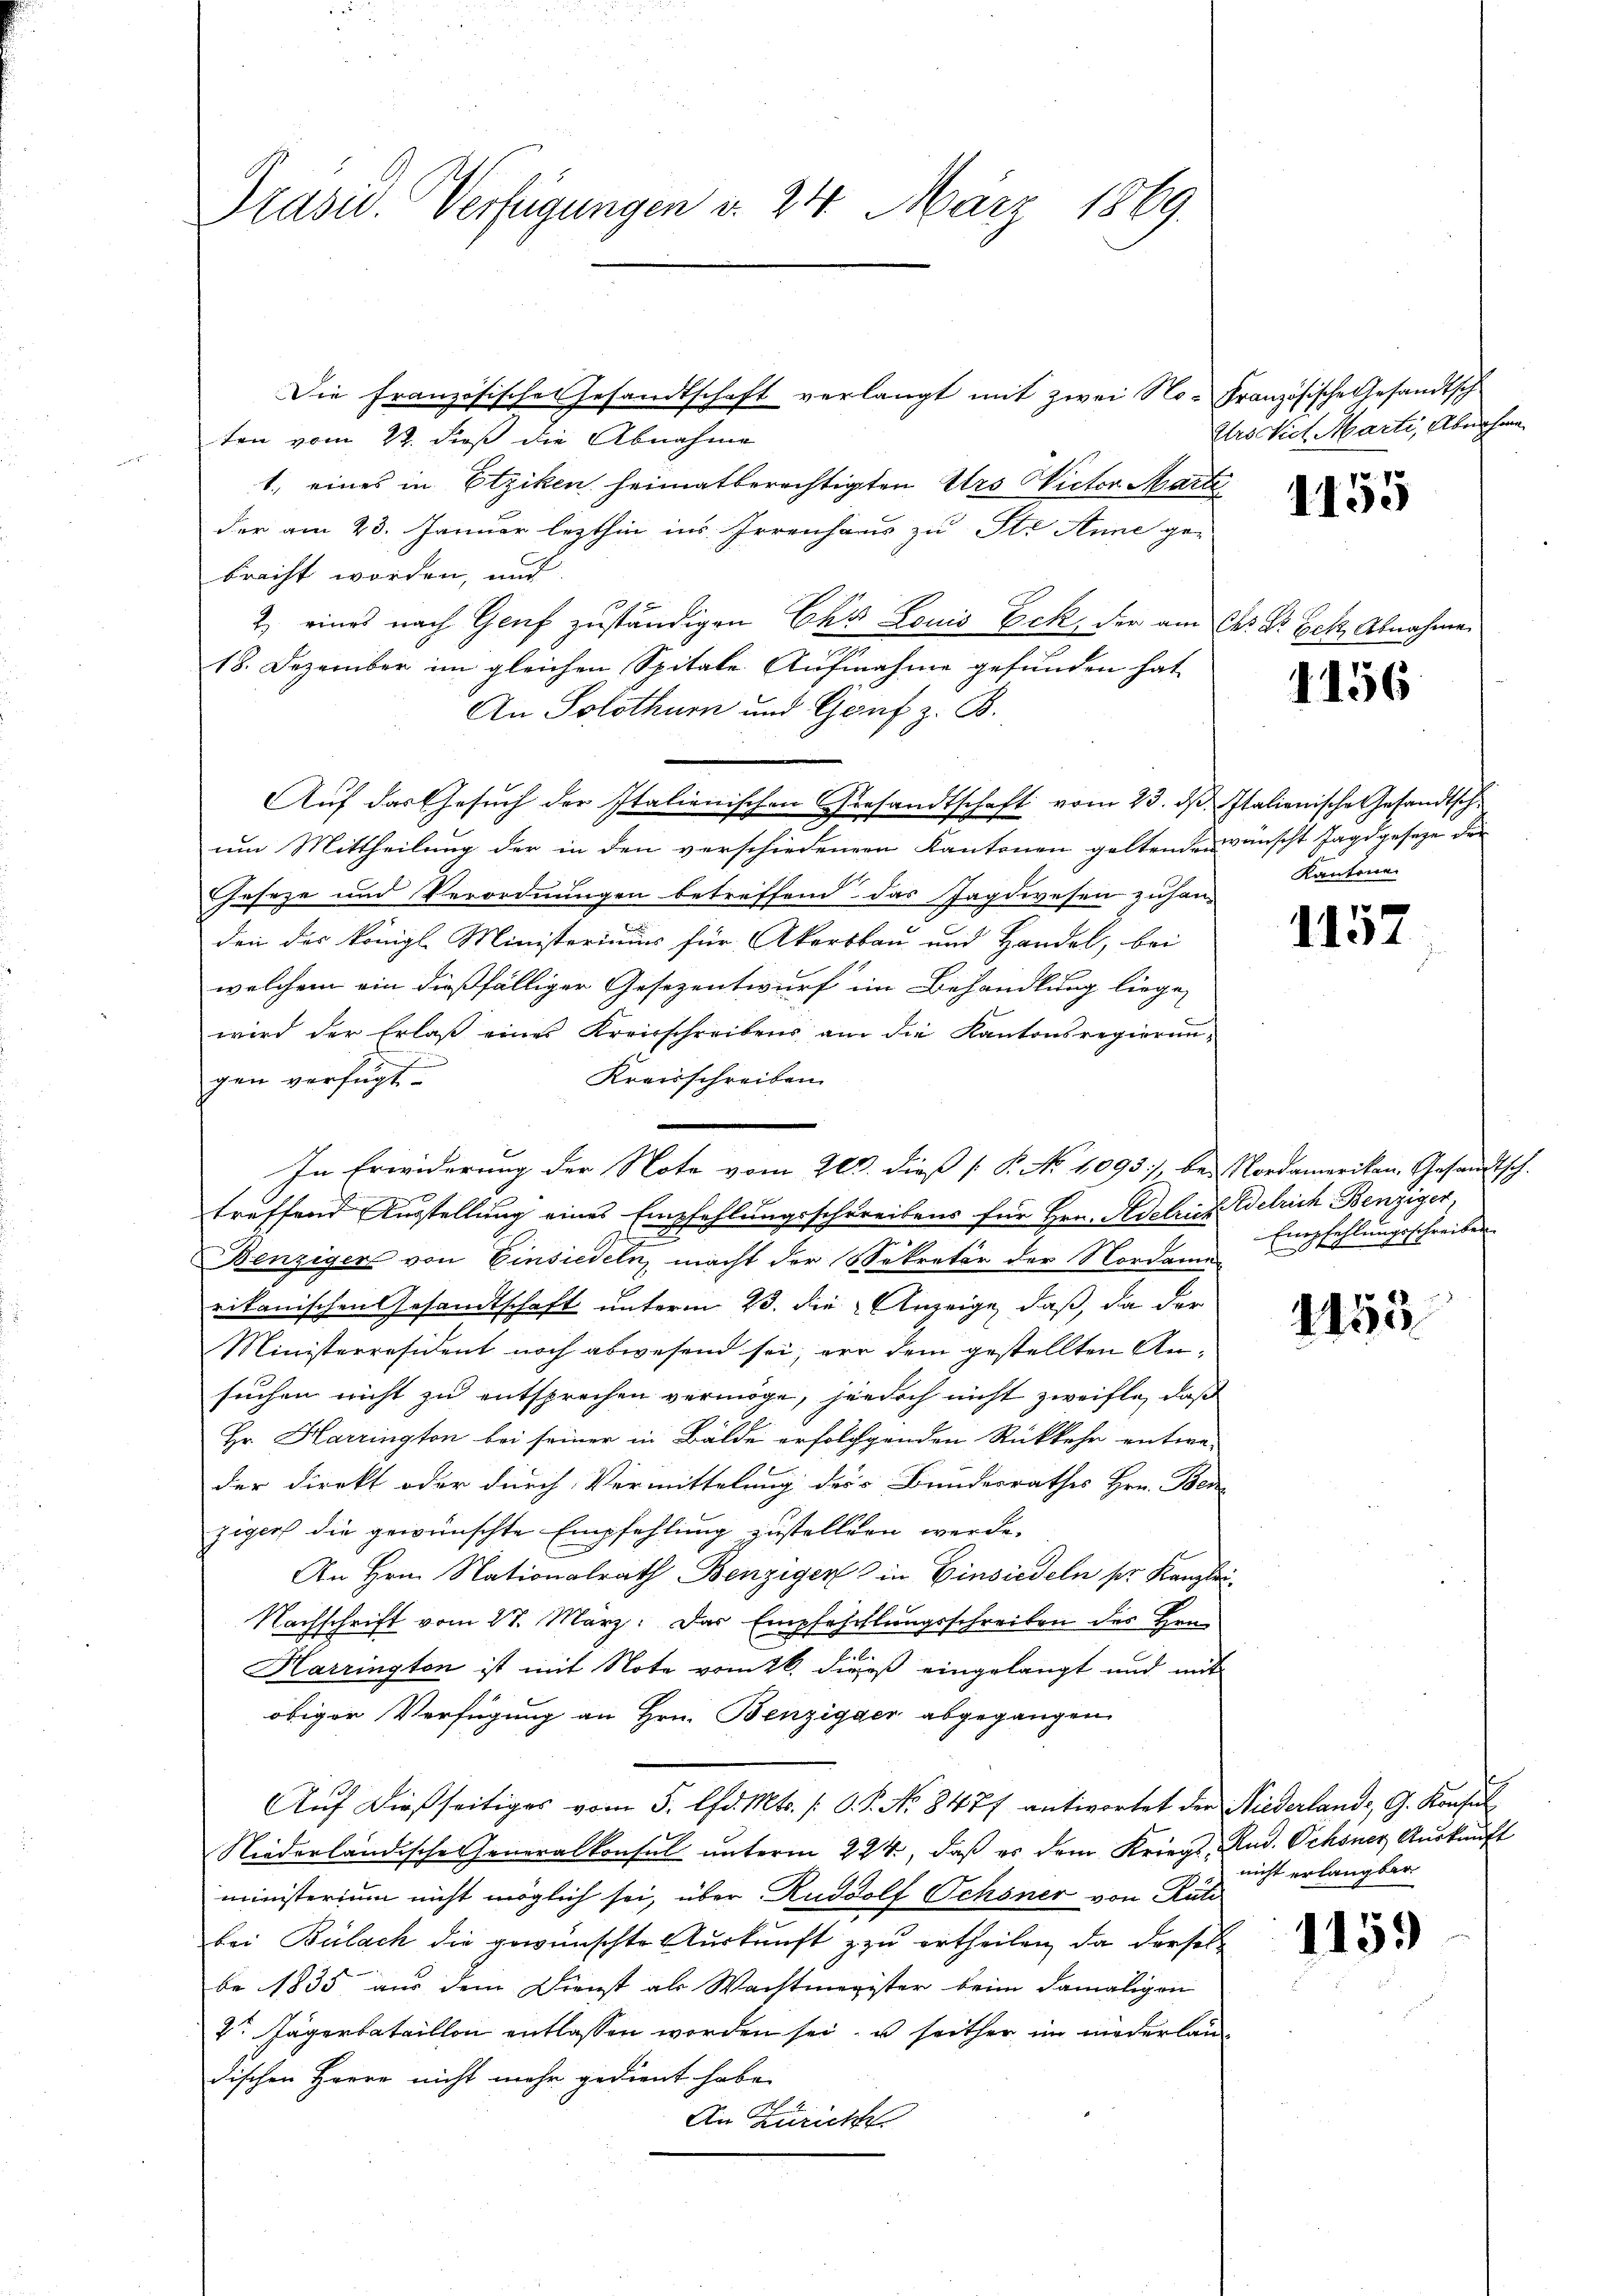
Präsid. Verfügungen v. 24. März 1869.

Die französische Gesandtschaft verlangt mit zwei No-Französische Gesandtsch
ten vom 22. dieß die Abnahme
1., eines in Etziken heimatberechtigten Urs Victor Marti
der am 23. Januar lezthin ins Irrenhaus zu Str. Anne ge-
bracht worden, und
2 eines nach Genf zuständigen Ehr Louis Eck, der am 6. Dr. Eck Abnahme
18. Dezember im gleichen Spitale Aufnahme gefunden hat
An Solothurn und Genf z. B.
Auf das Gesuch der Italienischen Gesandtschaft vom 23. ds. Italienische Gesandtsch
um Mittheilung der in den verschiedenen Kantonen geltenden wünscht Jagdgeseze der
Geseze und Verordnungen betreffend das Jagdwesen zuhan-
den des Königl. Ministeriums für Akersbau und Handel, bei
welchem ein dießfälliger Gesezentwurf im Behandlung liegen
wird der Erlaß eines Kreisschreibens am die Kantonsregierun-
Kreisschreiben
gen verfügt
x
d
treffend Ausstellung eines Empfehlungsschreibens für Hrn. Adelict Welrich Benziger
Benziger von Einsiedeln, macht der Sekretär der Nordame
rikanischen Gesandtschaft unterm 23. die Anzeige, daß, da der
Ministerresident noch abwesend sei, vor dem gestellten Ansuchen nicht zu entsprechen vermöge, jedoch nicht zweifle, daß
Hr. Harrington bei seiner in Bälde erfolggenden Rückkehr entwe-
der Direkt oder durch Vermittelung der Bundesrathes Hrn. Benziger die gewünschte Empfehlung zustellten werde.
An Hrn. Nationalrath Benzigen in Einsiedeln pr. Kanzlei¬
Nachschrift vom 27. März. Das Empfehlungsschreiben des Hrn.
Harrington ist mit Note vom 26. dieß eingelangt und mit
obiger Verfügung an Hrn. Benzigger abgegangen
Aŭf dießseitiges vom 5. d. Mts. /. G. P. Nr. 8477 antwortet der Niederland, G. Konsul
Niederländische Generalkonsul unterm 224, daß es dem Kriegs, Rud. Ochsner Auskunft
ministerium nicht möglich sei, über Rudolf Schöner von Rüti
bei Bülach die gewünschte Auskunft zu ertheilen, da derselbe 1835 aus dem Dienst als Wachtmagister beim damaligen
7t Jägerbataillon entlassen worden sei, u seither im niederlandischen Herre nicht mehr gedient habe.
An Zürich

In Erwiderung der Note vom 203. dieß P. No 1095, bei Nordamerikan, Gesandtsch-

Ursstiel Marti, Abnahme

1155

1156

Kantone

1157

E
Empfehlungsschreiben

1155

nicht erlangbar

1159